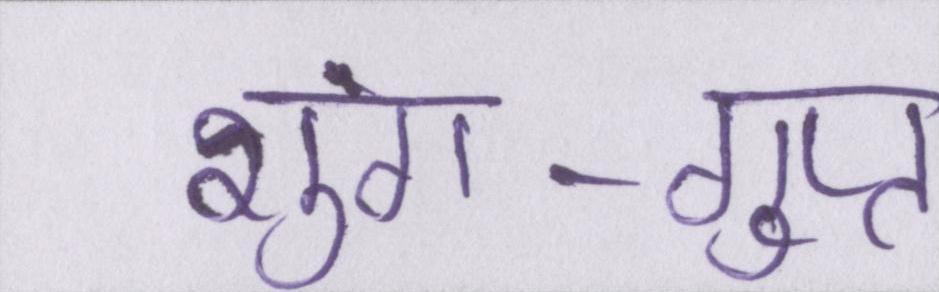
शुंग-गुप्त